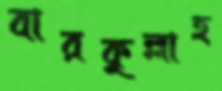
বারকুল্লাহ